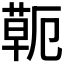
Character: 𦷖